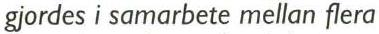
 gjordes i samarbete mellan flera